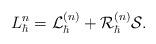
LaTeX: \begin{align*}L_{\hbar}^{n}=\mathcal{L}_{\hbar}^{\left( n\right) }+\mathcal{R}_{\hbar}^{\left( n\right) }\mathcal{S}. \end{align*}